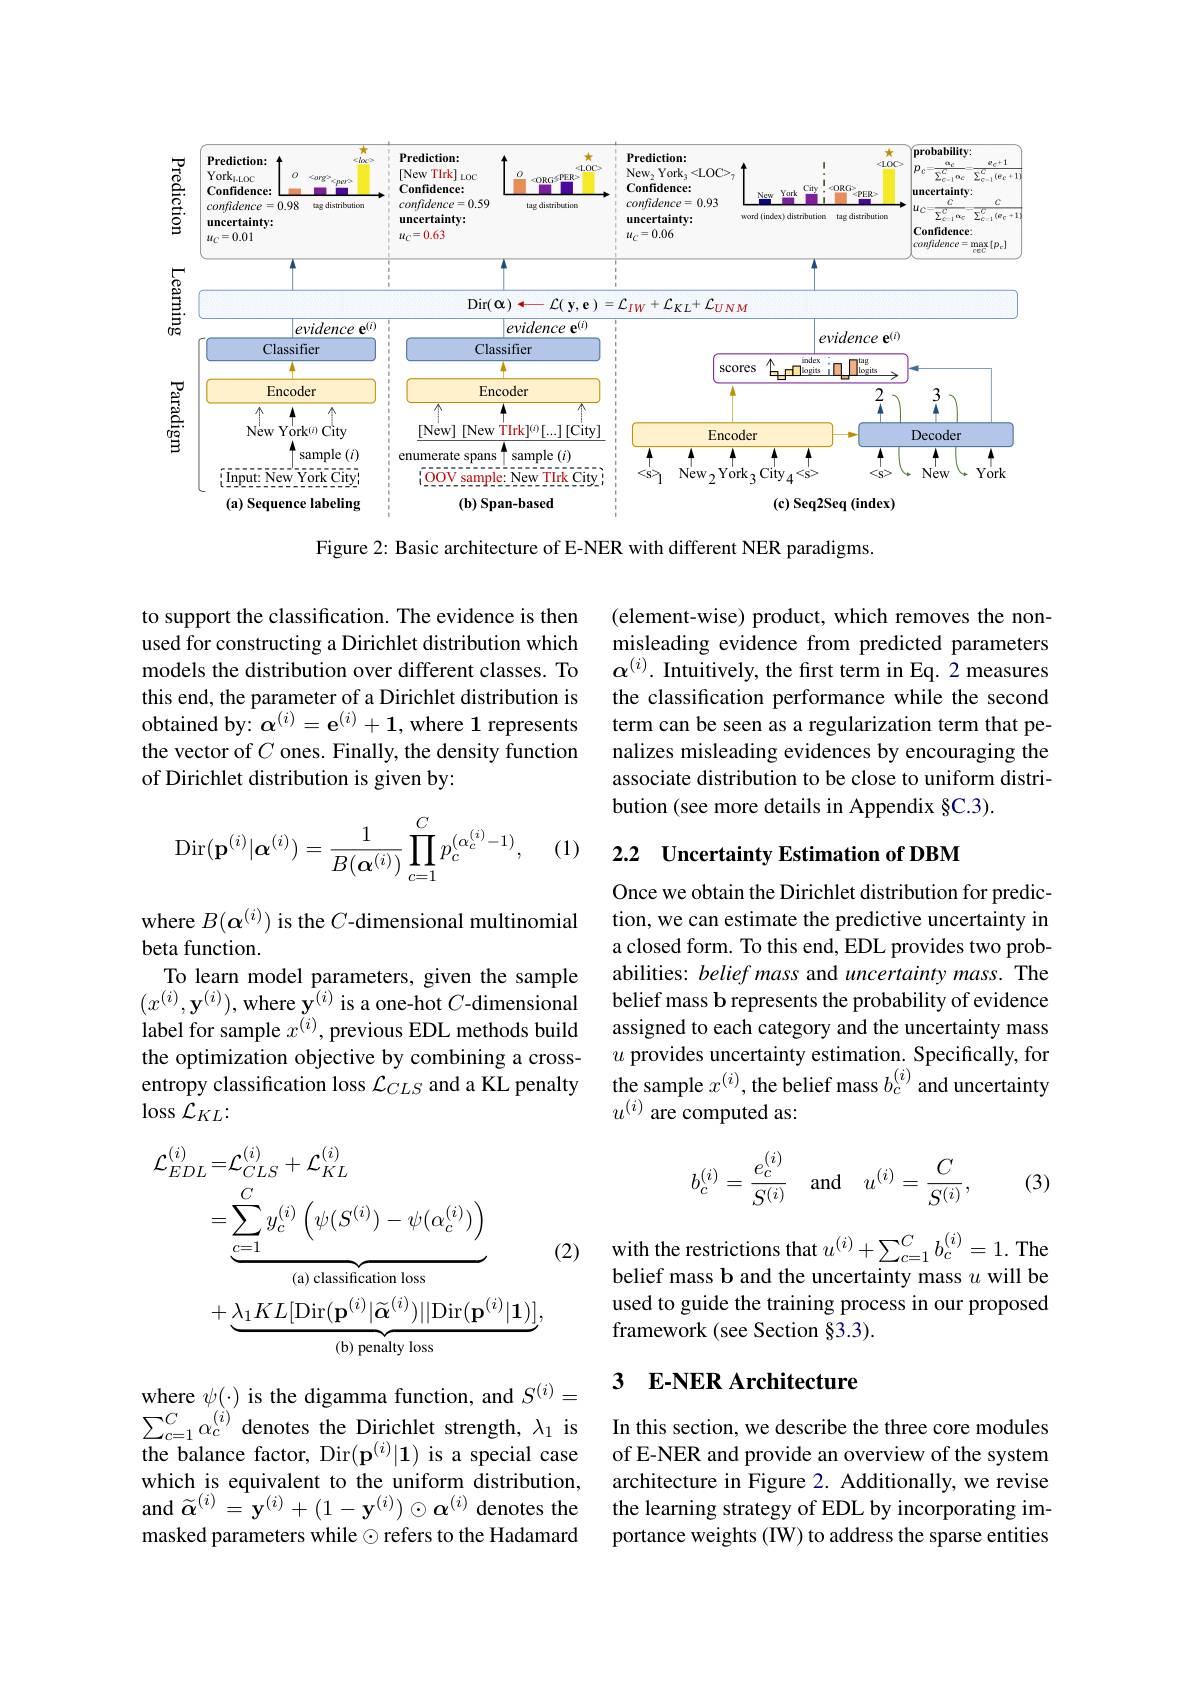
<FigureHere>

Figure 2: Basic architecture of E-NER with different NER paradigms.

to support the classification. The evidence is then used for constructing a Dirichlet distribution which models the distribution over different classes. To $\alpha^{(i)}$.Intuitively, the first term in Eq. 2 measures
this end, the parameter of a Dirichlet distribution is obtained by: $\alpha^{(i)}=\mathrm{e}^{(i)}+1$, where 1 represents the vector of $C$ ones. Finally, the density function of Dirichlet distribution is given by:

(element-wise) product, which removes the nonmisleading evidence from predicted parameters the classification performance while the second term can be seen as a regularization term that penalizes misleading evidences by encouraging the associate distribution to be close to uniform distribution (see more details in Appendix §C.3).
$$\mathrm{Dir}(\mathbf{p}^{(i)}|\boldsymbol\alpha^{(i)})=\frac{1}{B(\boldsymbol\alpha^{(i)})}\prod_{c=1}^{C}p_{c}^{(\alpha_{c}^{(i)}-1)},$$
(1)

# 2.2 Uncertainty Estimation of DBM

Once we obtain the Dirichlet distribution for prediction, we can estimate the predictive uncertainty in a closed form. To this end, EDL provides two probabilities: belief mass and uncertainty mass. The belief mass b represents the probability of evidence assigned to each category and the uncertainty mass $u$ provides uncertainty estimation. Specifically, for
entropy classification loss $\mathcal{L}_{CLS}$ and a KL penalty the sample $x^{(i)}$,the belief mass $b_c^{(i)}$ and uncertainty
$u^{(i)}$ are computed as:

where $B(\boldsymbol{\alpha}^{(i)})$ is the $C$-dimensional multinomial
beta function.
To learn model parameters, given the sample $(x^{(i)},\mathbf{y}^{(i)})$,where y$^{(i)}$is a one-hot $C$-dimensional label for sample $x^{(i)}$, previous EDL methods build the optimization objective by combining a cross- $\log\mathcal{L}_{KL}{:}$
$$b_c^{(i)}=\dfrac{e_c^{(i)}}{S^{(i)}}\quad\text{and}\quad u^{(i)}=\dfrac{C}{S^{(i)}},$$
(3)
$$\begin{aligned}\mathcal{L}_{EDL}^{(i)}=&\mathcal{L}_{CLS}^{(i)}+\mathcal{L}_{KL}^{(i)}\\&=\sum_{c=1}^{C}y_{c}^{(i)}\left(\psi(S^{(i)})-\psi(\alpha_{c}^{(i)})\right)\\&+\underbrace{\lambda_{1}KL[\mathrm{Dir}(\mathbf{p}^{(i)}|\widetilde{\alpha}^{(i)})||\mathrm{Dir}(\mathbf{p}^{(i)}|\mathbf{1})]}_{\text{(b) penalty loss}},\end{aligned}$$
(2)

with the restrictions that $u^{(i)}+\sum_{c=1}^{C}b_{c}^{(i)}=1.$ Tho belief mass b and the uncertainty mass $u$ will be used to guide the training process in our proposed framework (see Section §3.3).

## 3 E-NER Architecture

where $\psi(\cdot)$ is the digamma function, and $S^{(i)}=$ $\sum_{c=1}^{C}\alpha_{c}^{(i)}$ denotes the Dirichlet strength, $\lambda_1$ is the balance factor, Dir$(\mathbf{p}^{(i)}|\mathbf{1})$ is a special case which is equivalent to the uniform distribution, and $\widetilde{\boldsymbol{\alpha}}^{(i)}=\mathbf{y}^{(i)}+(1-\mathbf{y}^{(i)})\odot\mathbf{\alpha}^{(i)}$ denotes the the learning strategy of EDL by incorporating im-
masked parameters while $\odot$ refers to the Hadamard

In this section, we describe the three core modules of E-NER and provide an overview of the system architecture in Figure 2. Additionally, we revise portance weights (IW) to address the sparse entities